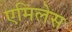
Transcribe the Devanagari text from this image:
एमिलेस